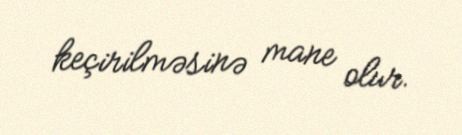
keçirilməsinə mane olur.